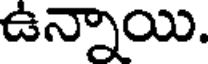
ఉన్నాయి.